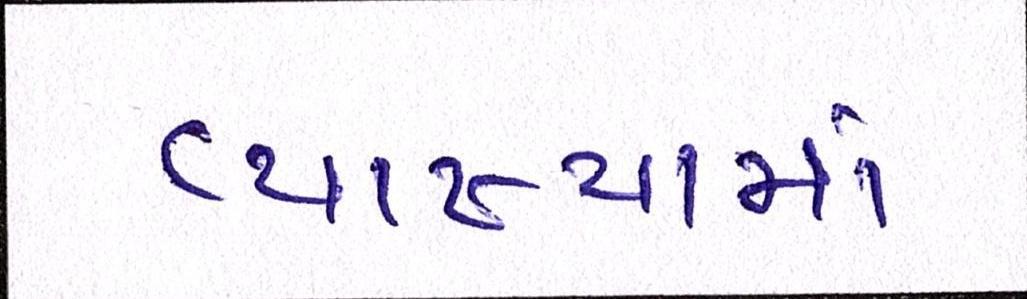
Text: વ્યાખ્યામાં